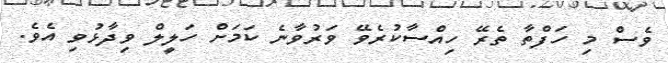
ވެސް މި ހަފްތާ ތެރޭ ހިއްސާކުރެވޭ ވަރުވާނެ ކަމަށް ހަލީލް ވިދާޅުވި އެވެ.